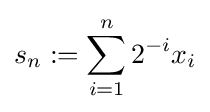
s_{n}:=\sum _{i=1}^{n}2^{-i}x_{i}